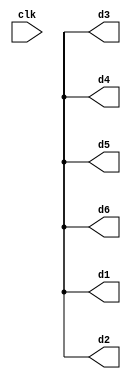
module Simple_counter_switch_fpga(
								input clk,
								output reg [0:7]d1,
								output reg [0:7]d2,
								output reg [0:7]d3,
								output reg [0:7]d4,
								output reg [0:7]d5,
								output reg [0:7]d6
												);
		reg clk_1=0;
		integer count_clk,d_number =0 ;
		//---------------------------------------------------------------Clok sacling
		always @(posedge clk) 
		begin
			if(count_clk == 25000000)
				begin
					clk_1 = ~ clk_1;
					count_clk = 0;
				end
			else
				count_clk =count_clk +1;

		//----------------------counting
			
		end
		always @(posedge clk_1) 
		begin

			if (d_number >= 9 ) 
				begin
					d_number = 0;
				end	
			else
				begin
				  d_number = d_number+1;
				end

		end
		//------------------------when d_number changes
		always @(d_number) 
			begin
				 sev_disp(d_number,d1);
				 sev_disp(d_number,d2);
				 sev_disp(d_number,d3);
				 sev_disp(d_number,d4);
				 sev_disp(d_number,d5);
				 sev_disp(d_number,d6);
			end
		
		
		//----------------------------------------------------------display task
			task automatic sev_disp (input reg [0:7] c_number,output reg [0:7]disp);
				begin
				  	case	  (c_number)      			 									// 6543210
		                	    0 : disp <= 8'b00000011;								// to show 0
		                	    1 : disp <= 8'b10011111;								// to show 1
		                	    2 : disp <= 8'b00100101;								// to show 2
		                	    3 : disp <= 8'b00001101;								// to show 3
		                	    4 : disp <= 8'b10011001;								// to show 4
		                	    5 : disp <= 8'b01001001;								// to show 5
		                	    6 : disp <= 8'b01000001;								// to show 6
		                	    7 : disp <= 8'b00011111;								// to show 7
		                	    8 : disp <= 8'b00000001;								// to show 8
		                	    9 : disp <= 8'b00001001;								// to show 9
		            	default:    disp <= 8'b11111111;								// to show 0
		       	 	endcase
				end
			endtask
		//----------------------------------------------------end display task
endmodule